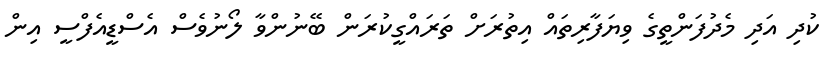
ކުދި އަދި މެދުފަންތީގެ ވިޔަފާރިތައް އިތުރަށް ތަރައްގީކުރަން ބޭނުންވާ ލޯނުވެސް އެސްޑީއެފްސީ އިން